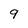
Character: 9